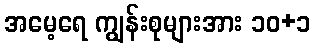
အမေ့ရေ ကျွန်းစုများအား ၁၀+၁